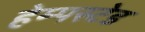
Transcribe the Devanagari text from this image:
हेम्पस्टेड